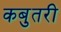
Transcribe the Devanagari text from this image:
कबुतरी